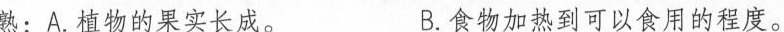
熟:A.植物的果实长成。